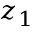
z _ { 1 }